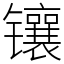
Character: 镶